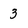
Character: 3